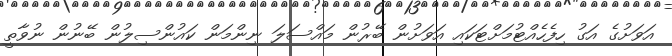
އަވަށުގެ އަގު ހިފެހެއްޓުމަަށްޓަކައި އަވަށުން ބޭރުން މައްސަލަ ނިންމަން ކައުންސިލުން ބޭނުން ނުވާތީ